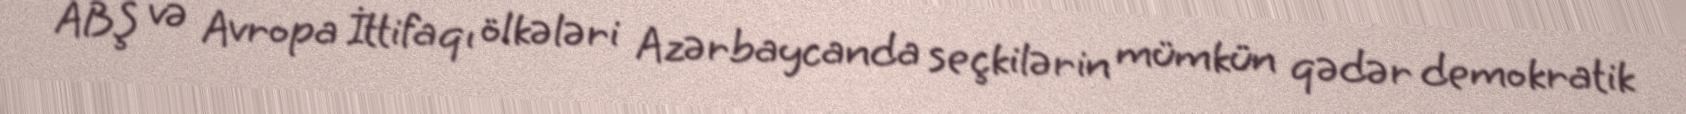
ABŞ və Avropa İttifaqı ölkələri Azərbaycanda seçkilərin mümkün qədər demokratik